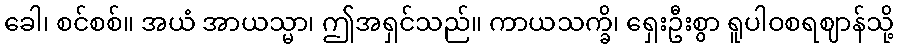
ခေါ၊ စင်စစ်။ အယံ အာယသ္မာ၊ ဤအရှင်သည်။ ကာယသက္ခိ၊ ရှေးဦးစွာ ရူပါဝစရဈာန်သို့